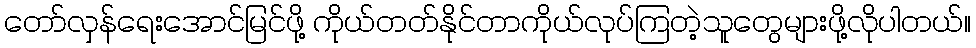
တော်လှန်ရေးအောင်မြင်ဖို့ ကိုယ်တတ်နိုင်တာကိုယ်လုပ်ကြတဲ့သူတွေများဖို့လိုပါတယ်။